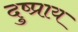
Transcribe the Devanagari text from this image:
दुष्प्राय